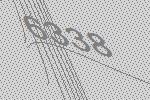
6338